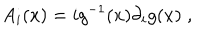
LaTeX: A _ { i } ( x ) = i g ^ { - 1 } ( x ) \partial _ { i } g ( x ) \; ,